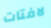
لافتات